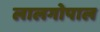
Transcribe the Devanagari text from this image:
लालगोपाल